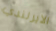
الايرلندي